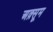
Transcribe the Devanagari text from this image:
अक़्सूम